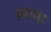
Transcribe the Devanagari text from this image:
ल्यालपुर